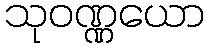
သုဝဏ္ဏယော